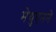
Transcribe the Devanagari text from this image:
मेथुएनने